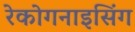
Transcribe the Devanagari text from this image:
रेकोगनाइसिंग